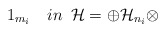
\begin{align*}1_{m_{i}}\,\,\,\,\,\,in\,\,\,\mathcal{H}=\oplus \mathcal{H}_{n_{i}}\otimes \end{align*}